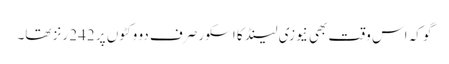
گو کہ اس وقت بھی نیوزی لینڈ کا اسکور صرف دو وکٹوں پر 242 رنز تھا۔